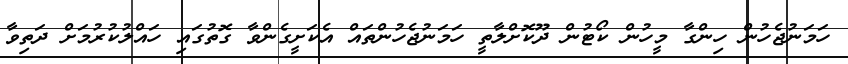
ހަމަނުޖެހުން ހިންގާ މީހުން ކޯޓުން ދޫކޮށްލާތީ ހަމަނުޖެހުންތައް އެކަށީގެންވާ ގޮތުގައި ހައްލުކުރުމަށް ދަތިވާ